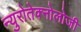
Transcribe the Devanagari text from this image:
न्युरोतेक्नोलोजी